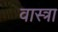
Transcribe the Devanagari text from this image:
वास्त्रा